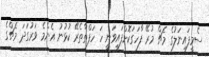
ސެމީފައިނަލުގެ މެޗް މުރޭ ފާހަގަކޮށްފައިވަނީ ހަ ހަފްތާތެރޭ ކުޅުނު އެންމެ ވަރުގަދަ މެޗްގެ